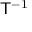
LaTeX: { \mathsf { T } } ^ { - 1 }